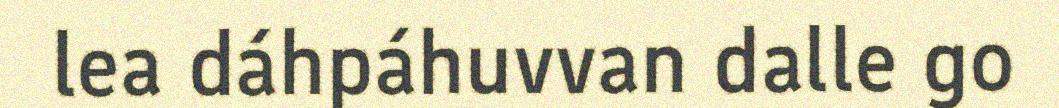
lea dáhpáhuvvan dalle go